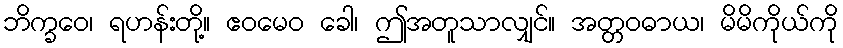
ဘိက္ခဝေ၊ ရဟန်းတို့။ ဧဝမေဝ ခေါ၊ ဤအတူသာလျှင်။ အတ္တဝဓာယ၊ မိမိကိုယ်ကို